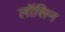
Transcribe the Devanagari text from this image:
लॉसिन